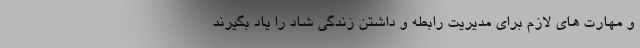
و مهارت های لازم برای مدیریت رابطه و داشتن زندگی شاد را یاد بگیرند